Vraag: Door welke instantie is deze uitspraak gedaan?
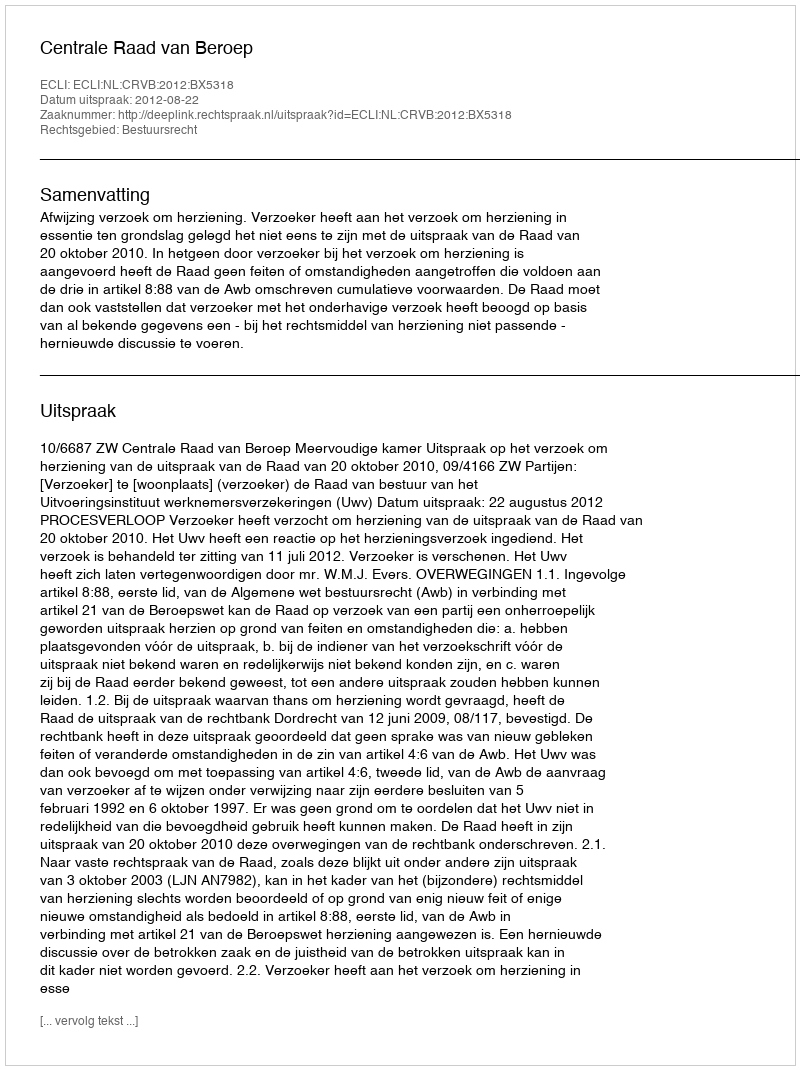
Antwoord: Centrale Raad van Beroep